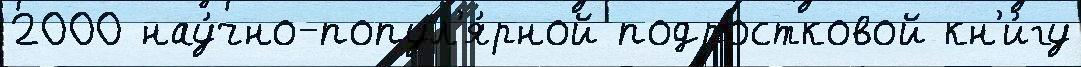
2000 нау́чно-попул'я́рной подростковой кн'и́гу